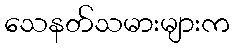
သေနတ်သမားများက